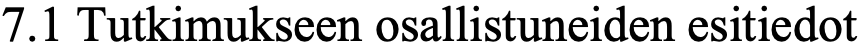
7.1 Tutkimukseen osallistuneiden esitiedot